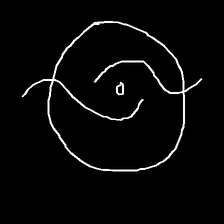
Glyph: repetition